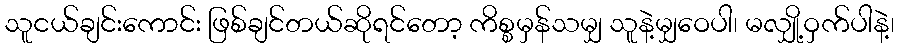
သူငယ်ချင်းကောင်း ဖြစ်ချင်တယ်ဆိုရင်တော့ ကိစ္စမှန်သမျှ သူနဲ့မျှဝေပါ၊ မလျှို့ဝှက်ပါနဲ့၊